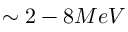
\sim 2 - 8 M e V